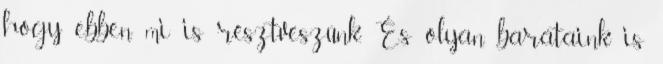
hogy ebben mi is résztveszünk. És olyan barátaink is